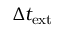
\Delta t _ { \mathrm { e x t } }